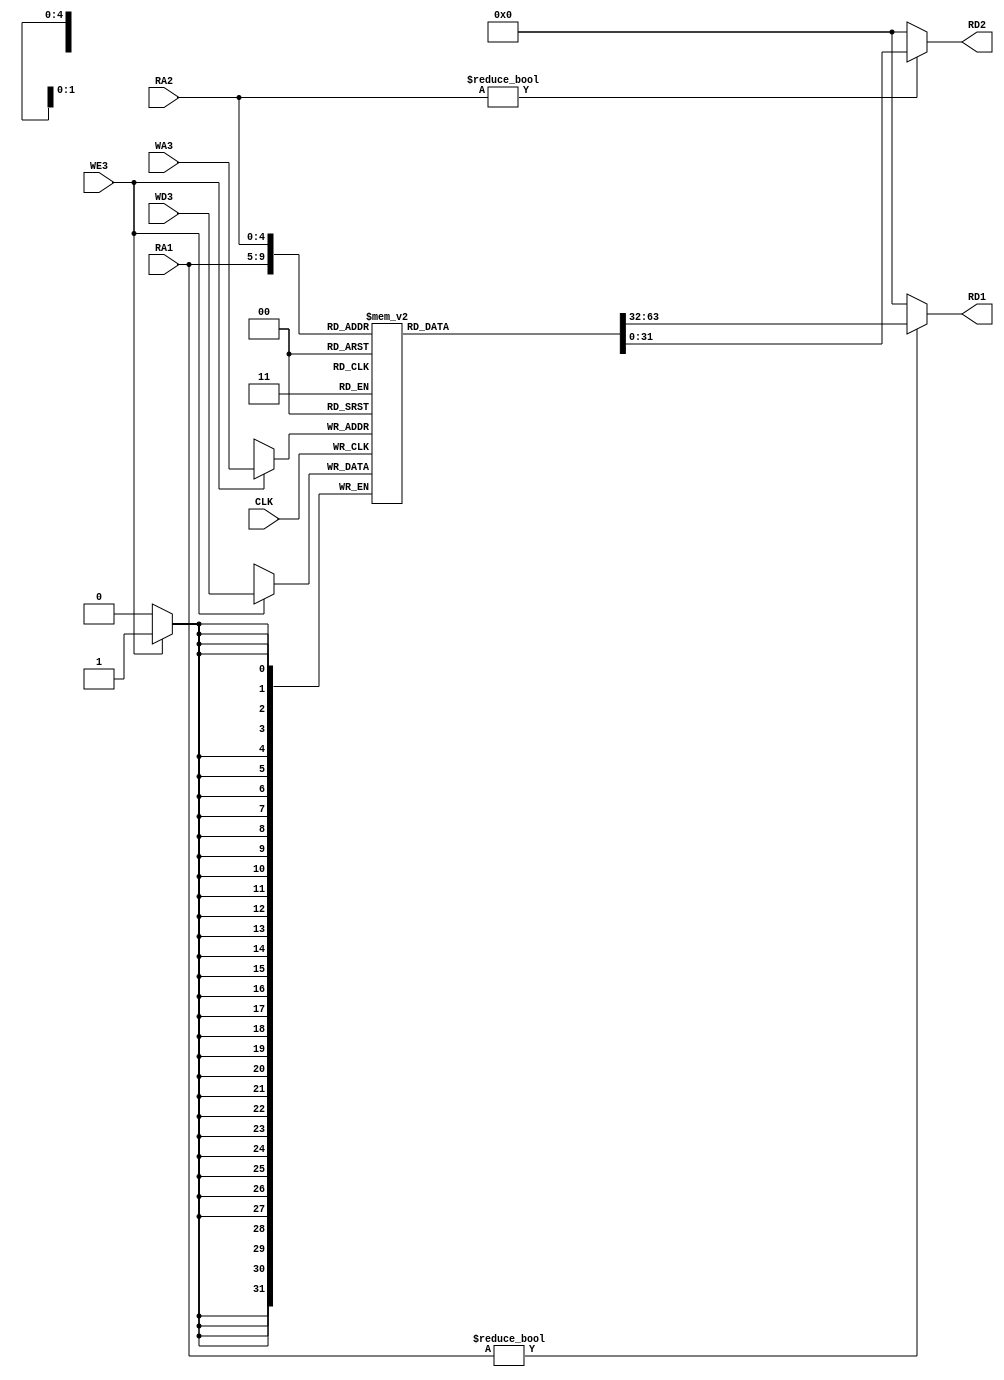
`timescale 1ns / 1ps
//////////////////////////////////////////////////////////////////////////////////
// Company: 
// Engineer: 
// 
// Design Name: 
// Module Name: Reg_File
// Project Name: 
// Target Devices: 
// Tool Versions: 
// Description: 
// 
// Dependencies: 
// 
// Revision:
// Revision 0.01 - File Created
// Additional Comments:
// 
//////////////////////////////////////////////////////////////////////////////////


`define DATA_WIDTH 32
module Reg_File
    #(parameter ADDR_SIZE = 5)
    (input CLK, WE3, 
    input [ADDR_SIZE-1:0] RA1, RA2, WA3,
    input [`DATA_WIDTH-1:0] WD3,
    output [`DATA_WIDTH-1:0] RD1, RD2);
    
    reg [`DATA_WIDTH-1:0] rf [2 ** ADDR_SIZE-1:0];
    always@(posedge CLK)
        if(WE3) rf[WA3] <= WD3; 
    assign RD1 = (RA1 != 0) ? rf[RA1] : 0; 
    assign RD2 = (RA2 != 0) ? rf[RA2] : 0; 
endmodule